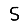
Digit: 5